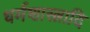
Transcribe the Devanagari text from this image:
धर्मशास्त्रादि